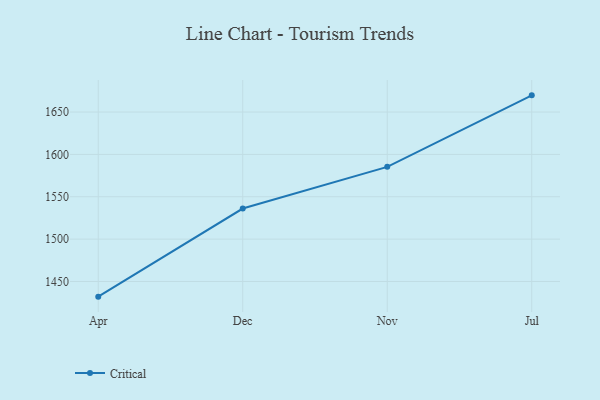
{"axis": {"x": "Month", "y": "Headcount"}, "legend": ["Critical"], "data": [{"x": "Apr", "y": 1432.1, "type": "Critical"}, {"x": "Dec", "y": 1536.1, "type": "Critical"}, {"x": "Nov", "y": 1585.3, "type": "Critical"}, {"x": "Jul", "y": 1669.7, "type": "Critical"}]}